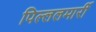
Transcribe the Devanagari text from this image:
पिल्‍ललमार्री